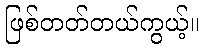
ဖြစ်တတ်တယ်ကွယ့်။